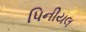
પિનીયલ